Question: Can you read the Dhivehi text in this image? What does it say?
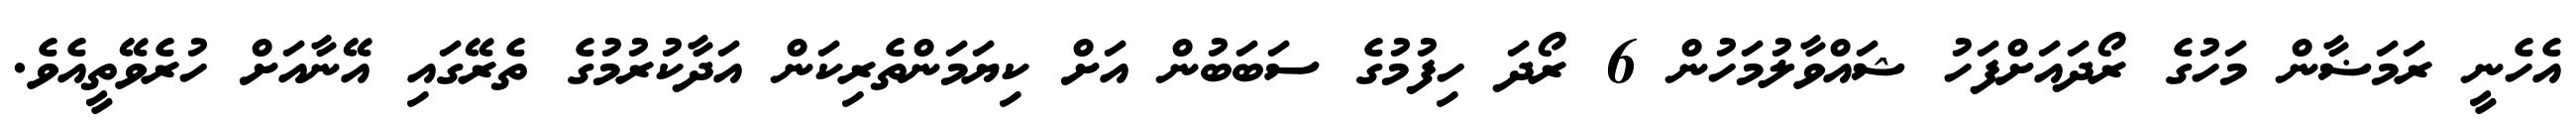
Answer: އެހެނީ ރަމަޟާން މަހުގެ ރޯދައަށްފަހު ޝައްވާލުމަހުން 6 ރޯދަ ހިފުމުގެ ސަބަބުން އަށް ކިޔަމަންތެރިކަން އަދާކުރުމުގެ ތެރޭގައި އޭނާއަށް ހުރެވޭތީއެވެ.